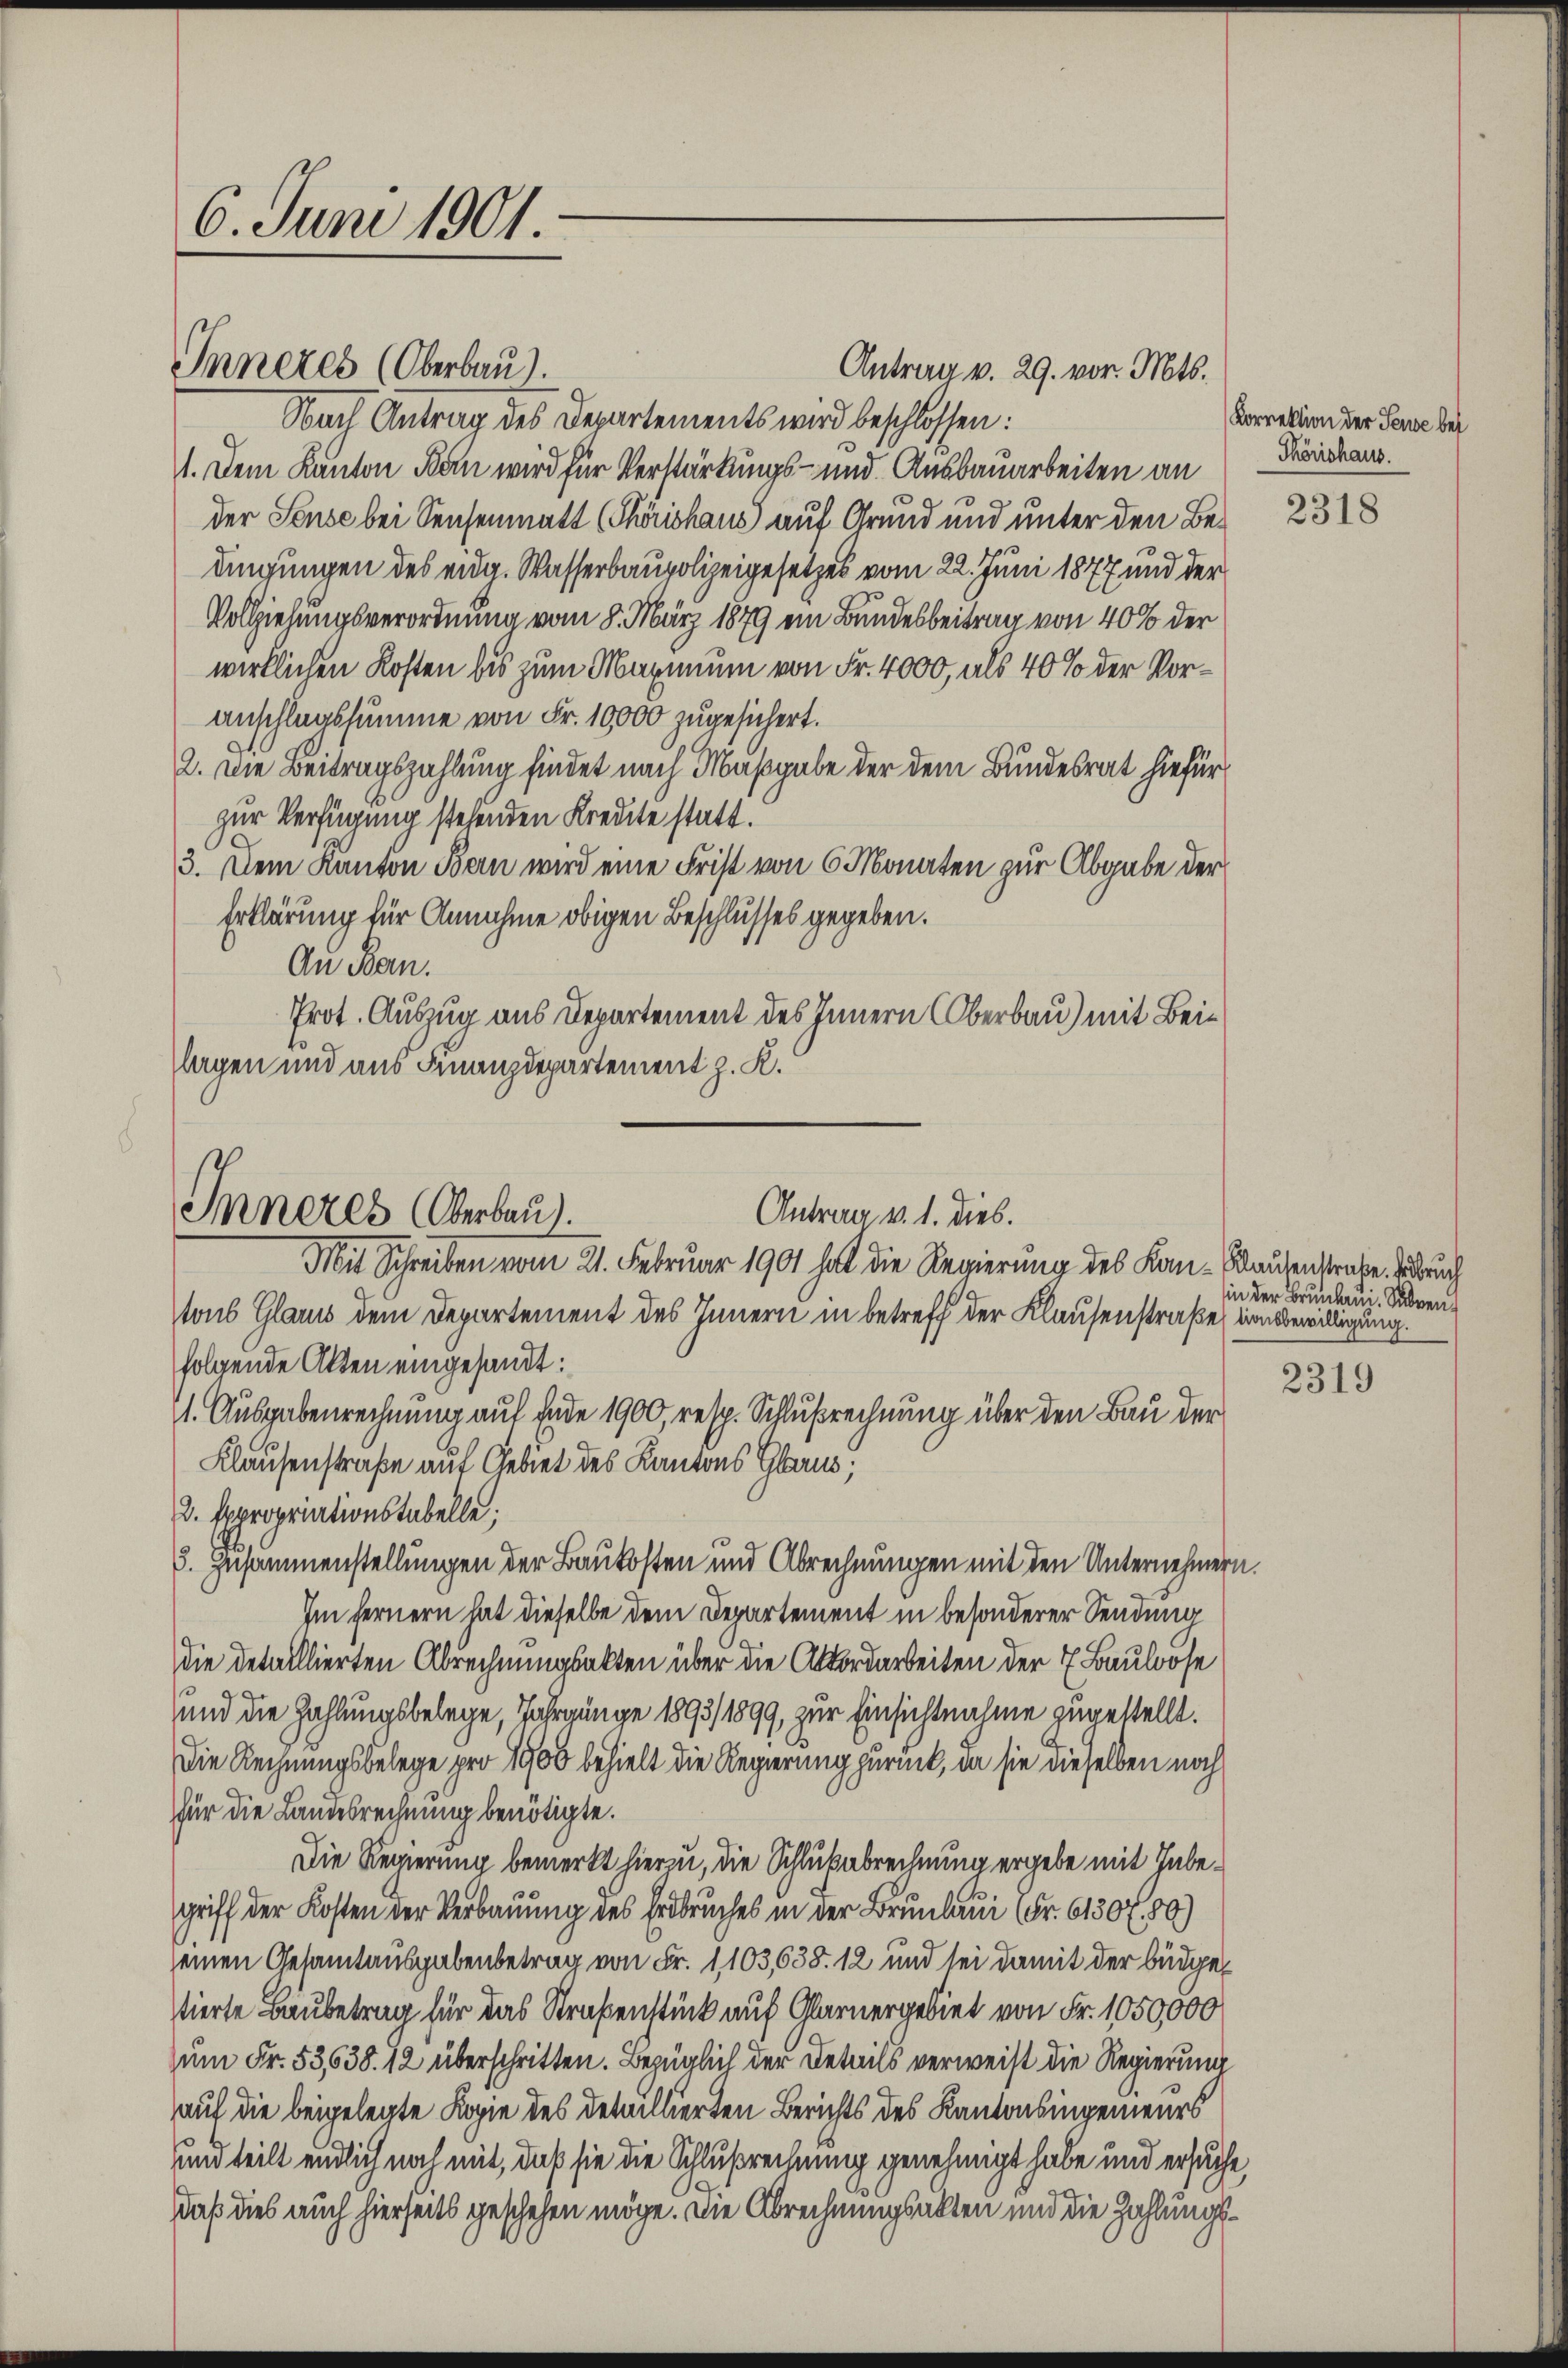
6. Juni 1901.

Antrag v. 29. vor. Mts.
Nach Antrag des Departements wird beschlossen:
1. Dem Kanton Ban wird für Verstärkungs- und Ausbauarbeiten an
der Sense bei Sensenmatt (Thörishaus auf Grund und unter den Bedingungen des eidg. Wasserbaupolizeigesetzes vom 22. Juni 1877 und der
Vollziehungsverordnung vom 8. März 1879 ein Bundesbeitrag von 40% der
wirklichen Kosten bis zum Maximum von Fr. 4000, als 40% der Voranschlagssumme von Fr. 10000 zugesichert.
2. Die Beitragszahlung findet nach Maßgabe der dem Bundesrat hiefür
zur Verfügung stehenden Kredite statt.
3. Dem Kanton Bern wird eine Frist von 6 Monaten zur Abgabe der
Erklärung für Annahme obigen Beschlusses gegeben.
An Ban.
Prot. Auszug aus Departement des Innern Oberbau) mit Beilagen und aus Finanzdepartement z. K.

Inneres (Oberbau).

Inneres Oberbau
Antrag v. 1. dies.
Mit Schreiben vom 21. Februar 1901 hat die Regierung des Kan-Bautenstrafe. Bruch

tons Glarus dem Departement des Innern in betreff der Klausenstraße (von Bewilligung.
folgende Akten eingesandt:
(1. Ausgabenrechnung auf Ende 1900, resp. Schlußrechnung über den Bau der
Klausenstraße auf Gebiet des Kantons Glarus,
u. Expropriationstabelle;
3. Zusammenstellungen der Baukosten und Abrechnungen mit den Unternehmern
Im fernern hat dieselbe dem Departement in besonderer Sendung
die detaillierten Abrechnungsakten über die Akordarbeiten der 7 Baulöse
und die Zahlungsbelege, Jahrgänge 1893/ 1899, zur Einsichtnahme zugestellt.
Die Rechnungsbelege pro 1900 behielt die Regierung zurück, da sie dieselben noch
für die Landesrechnung benötigte.
Die Regierung bemerkt hierzu, die Schlußabrechnung ergebe mit Inbegriff der Kosten der Verbauung des Erdbruches in der Brunbaui (Fr. 6130 f. 80)
seinen Gesamtausgabenbetrag von Fr. 1103,638. 12 und sei damit der büdgestierte Baubetrag für das Straßenstück auf Glarnergebiet von Fr. 1050,000
um Fr. 53,638. 12 überschritten. Bezüglich der Details verweist die Regierung
auf die beigelegte Kopie des detaillierten Berichts des Kantonsingenieurs
und teilt endlich noch mit, daß sie die Schlußrechnung genehmigt habe und ersuche,
daß dies auch hierseits geschehen möge. Die Abrechnungsakten und die Zahlungs¬

.

Korrektion der Seuse bei
Thörishaus.

2318

in der Brunhaus Subven¬

2319